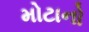
મોટાનો